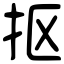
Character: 抠